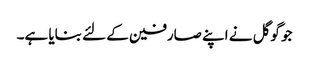
جو گوگل نے اپنے صارفین کے لئے بنایا ہے۔